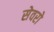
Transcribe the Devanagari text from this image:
सेवरो